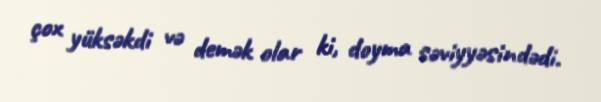
çox yüksəkdi və demək olar ki, doyma səviyyəsindədi.